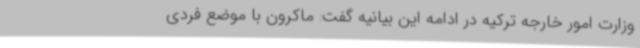
وزارت امور خارجه ترکیه در ادامه این بیانیه گفت: ماکرون با موضع فردی